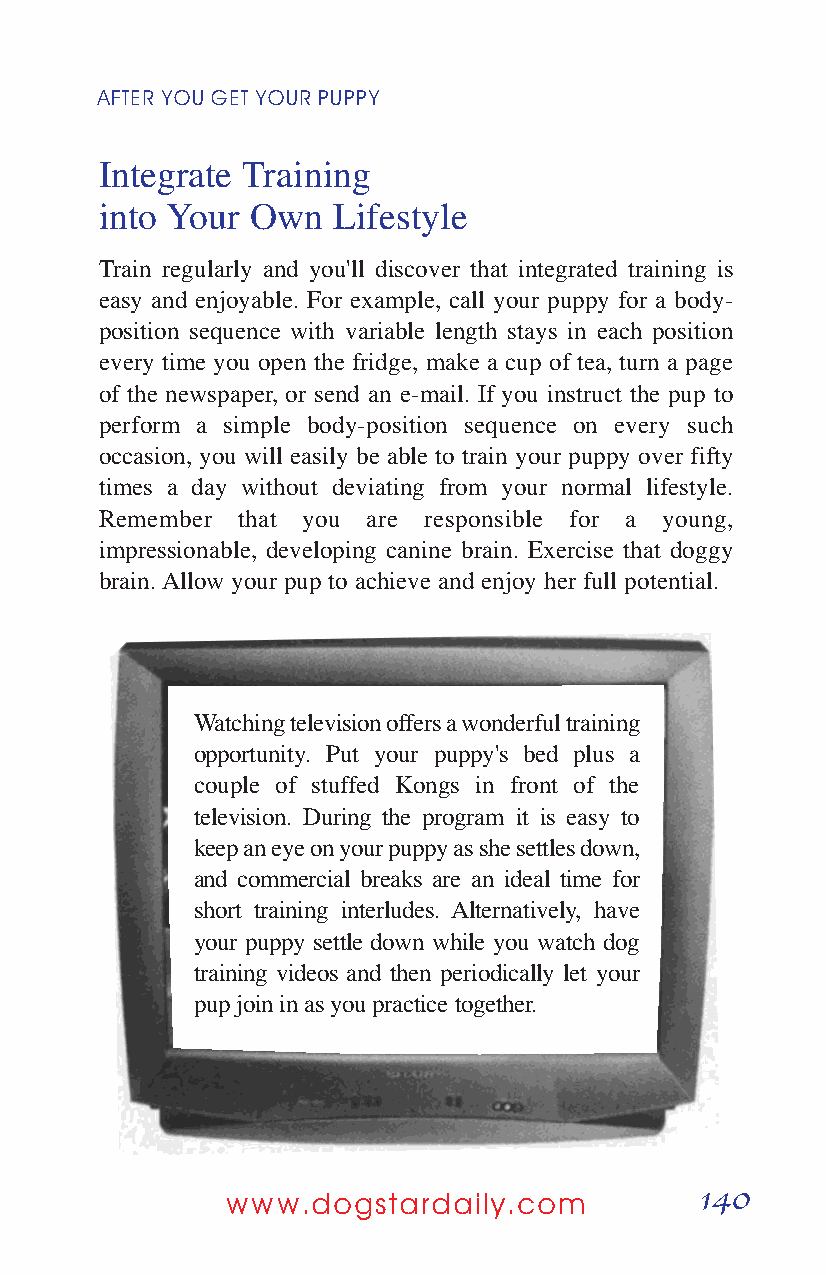
AFTER YOUGETYOURPUPPY
 Integrate Training
 into Your Own  Lifestyle
 Train regularly and you'll discover that integrated training is
 easy and enjoyable. For example, call your puppy for a body-
 position sequence with variable length stays in each position
 every time you open the fridge, make a cup of tea, turn a page
 of the newspaper, or send an e-mail. If you instruct the pup to
 perform a simple body-position sequence on every such
 occasion, you will easily be able to train your puppy over fifty
 times a day without deviating from your normal lifestyle.
 Remember that you are responsible for a young,
 impressionable, developing canine brain. Exercise that doggy
 brain. Allow your pup to achieve and enjoy her full potential.
 Watching television offers a wonderful training
 opportunity. Put your puppy's bed plus a
 couple of stuffed Kongs in front of the
 television. During the program it is easy to
 keep an eye on your puppy as she settles down,
 and commercial breaks are an ideal time for
 short training interludes. Alternatively, have
 your puppy settle down while you watch dog
 training videos and then periodically let your
 pup join in as you practice together.
 140
 www.dogstardaily.com